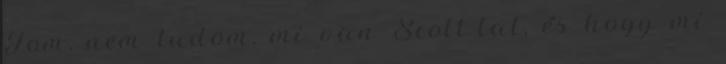
Tom, nem tudom, mi van Scott-tal, és hogy mi